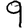
Digit: 9